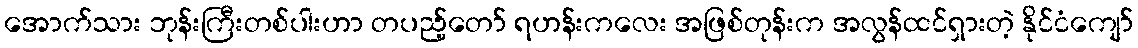
အောက်သား ဘုန်းကြီးတစ်ပါးဟာ တပည့်တော် ရဟန်းကလေး အဖြစ်တုန်းက အလွန်ထင်ရှားတဲ့ နိုင်ငံကျော်